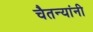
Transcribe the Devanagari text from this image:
चैतन्यांनी